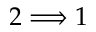
2 \Longrightarrow 1